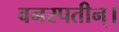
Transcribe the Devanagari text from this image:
वनस्पतीन्।